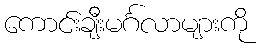
ကောင်းချီးမင်္ဂလာများကို